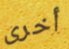
أخرى